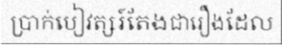
ប្រាក់បៀវត្សរ៍តែងជារឿងដែល